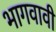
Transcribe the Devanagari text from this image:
भागवावी